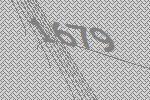
1679